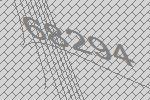
68294